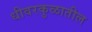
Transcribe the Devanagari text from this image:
धीवरकुळातील